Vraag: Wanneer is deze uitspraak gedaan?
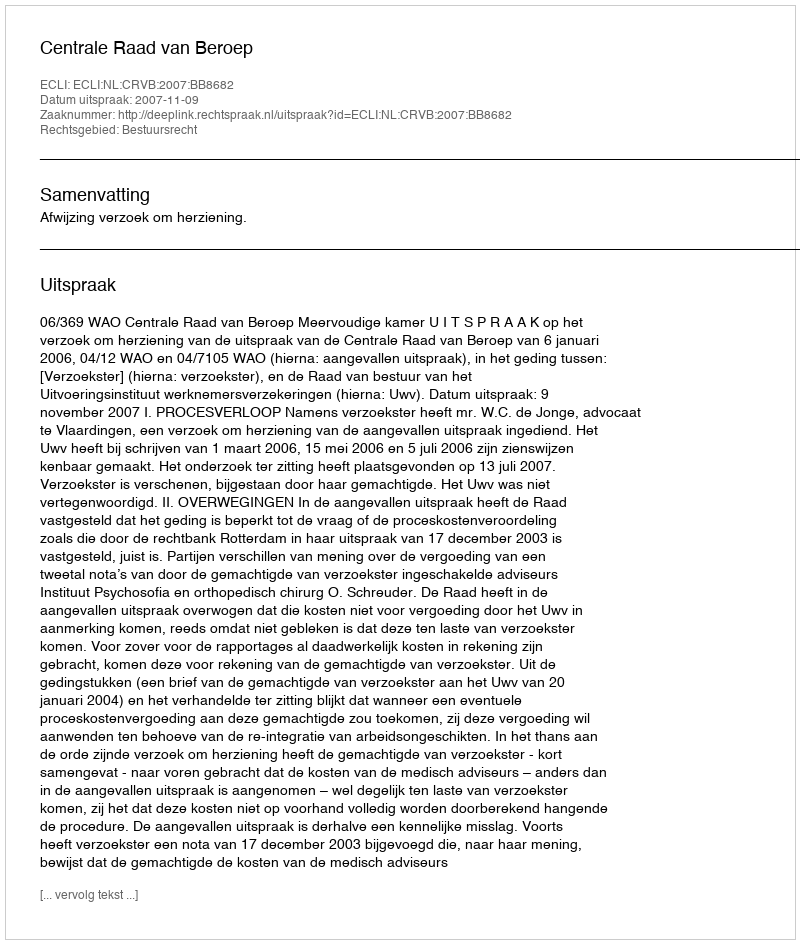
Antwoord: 2007-11-09